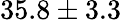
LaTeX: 35.8\pm{3.3}